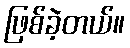
ဖြစ်ခဲ့တယ်။